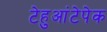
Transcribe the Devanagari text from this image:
टेहुआंटेपेक